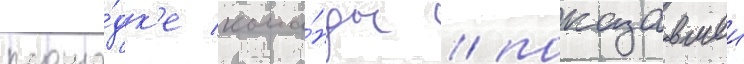
площа́дк'е кома́нды / показавшеи